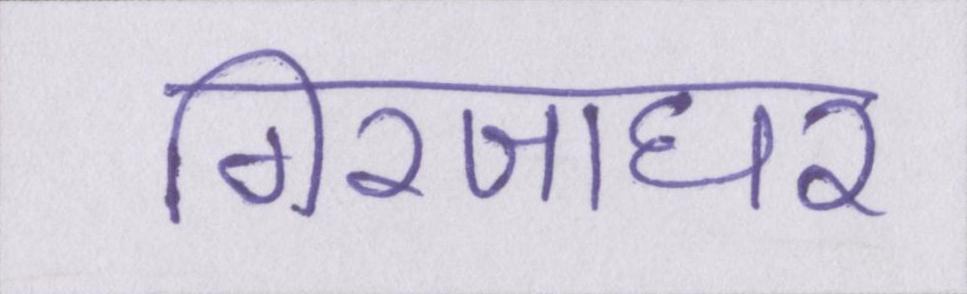
गिरजाघर